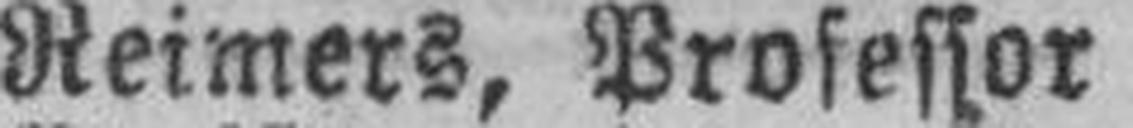
Reimers, Professor